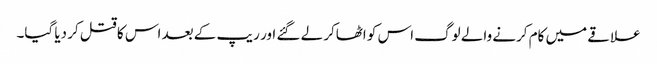
علاقے میں کام کرنے والے لوگ اس کو اٹھاکر لے گئے اور ریپ کے بعد اس کا قتل کر دیا گیا۔